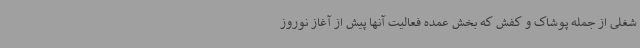
شغلی از جمله پوشاک و کفش که بخش عمده فعالیت آنها پیش از آغاز نوروز